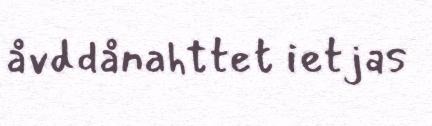
åvddånahttet ietjas